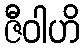
ဇီဝါဟိ